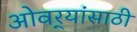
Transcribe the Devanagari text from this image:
ओवर्‍यांसाठी